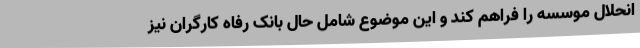
انحلال موسسه را فراهم کند و این موضوع شامل حال بانک رفاه کارگران نیز